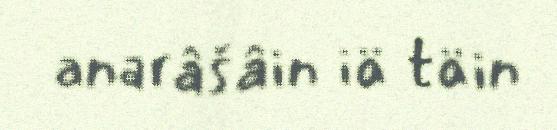
anarâšâin iä täin